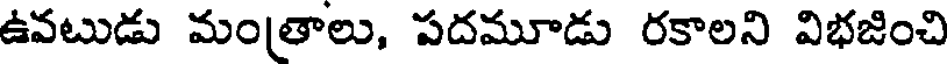
ఉవటుడు మంత్రాలు, పదమూడు రకాలని విభజించి